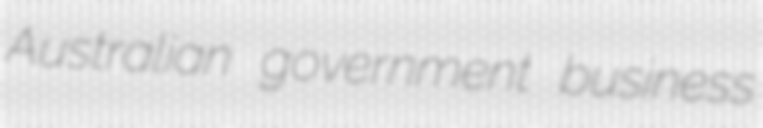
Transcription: Australian government business